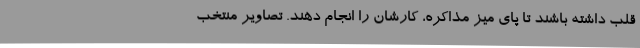
قلب داشته باشند تا پای میز مذاکره، کارشان را انجام دهند. تصاویر منتخب